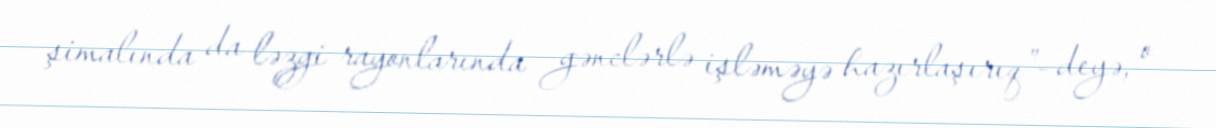
şimalında da ləzgi rayonlarında gənclərlə işləməyə hazırlaşırıq”- deyə, o